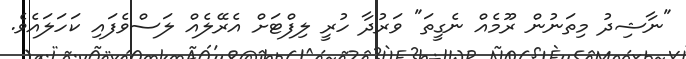
"ނާޝިދު މިތަނުން ރޫމެއް ނެގީތަ" ވަރުދާ ހުރީ ލިފްޓަށް އެރޭލެއް ލަސްވެފައި ކަހަލައެވެ.